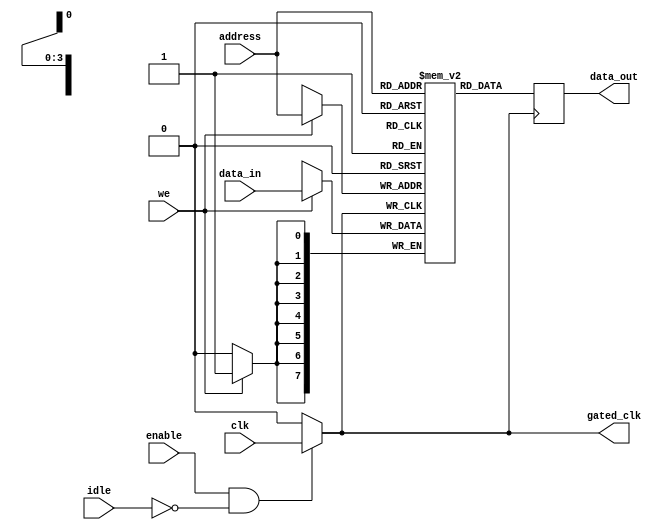
module conditional_clock_gating (
    input wire clk,               // Original clock input
    input wire enable,            // Control signal to enable memory block
    input wire idle,              // Control signal indicating memory is idle
    input wire [7:0] data_in,     // Data input to the memory block
    input wire [3:0] address,      // Address input for memory access
    input wire we,                // Write enable signal
    output reg [7:0] data_out,    // Data output from the memory block
    output reg gated_clk          // Gated clock output
);

    // Memory array (Example: 16 x 8-bit memory)
    reg [7:0] memory [15:0];

    always @(*) begin
        // Determine the gated clock logic based on enable and idle signals
        if (enable && !idle) begin
            gated_clk = clk;         // Pass the clock when enabled and not idle
        end else begin
            gated_clk = 1'b0;       // Disable the clock when idle or not enabled
        end
    end

    // Memory operation using gated clock
    always @(posedge gated_clk) begin
        if (we) begin
            // Write data to memory
            memory[address] <= data_in;
        end
        // Read data from memory
        data_out <= memory[address];
    end

endmodule